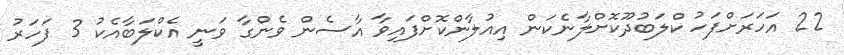
22 އަހަރަށްފަހު ކްލަބުދޫކޮށްލާނެކަން އިއުލާންކޮށްފައިވާ އާސެން ވެންގާ ވަނީ އެކްލަބާއެކު 3 ފަހަރު